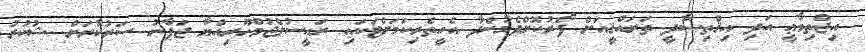
އިޖްތިމާޢީ އަދި އިޤްތިޞާދީ ތަރައްޤީއަށް ފޯރުކޮށްދެމުންދާ އެހީތެރިކަމަށްޓަކައި ރައީސުލްޖުމްހޫރިއްޔާ ޖަޕާނު ސަރުކާރަށް ޝުކުރު